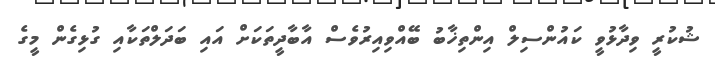
ޝުކުރީ ވިދާޅުވީ ކައުންސިލް އިންތިޚާބު ބޭއްވިއިރުވެސް އާބާދީތަކަށް އަައި ބަދަލްތަކާއި ގުޅިގެން މީގެ